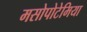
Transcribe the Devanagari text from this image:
मसोपोटेमिया